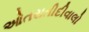
ઓતરાતીદીવાલો